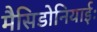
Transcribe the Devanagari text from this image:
मैसिडोनियाईः